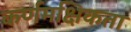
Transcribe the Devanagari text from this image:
कर्णमक्षिकता